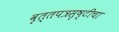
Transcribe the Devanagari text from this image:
वृत्तपत्रसृष्टीचा